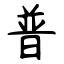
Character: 普